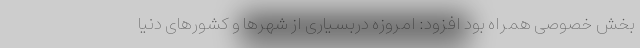
بخش خصوصی همراه بود افزود: امروزه دربسیاری از شهرها و کشورهای دنیا